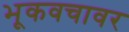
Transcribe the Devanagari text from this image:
भूकवचावर